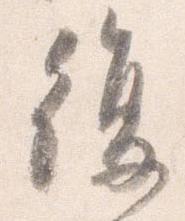
復